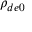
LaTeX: \rho _ { d e 0 }